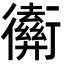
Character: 𢖡